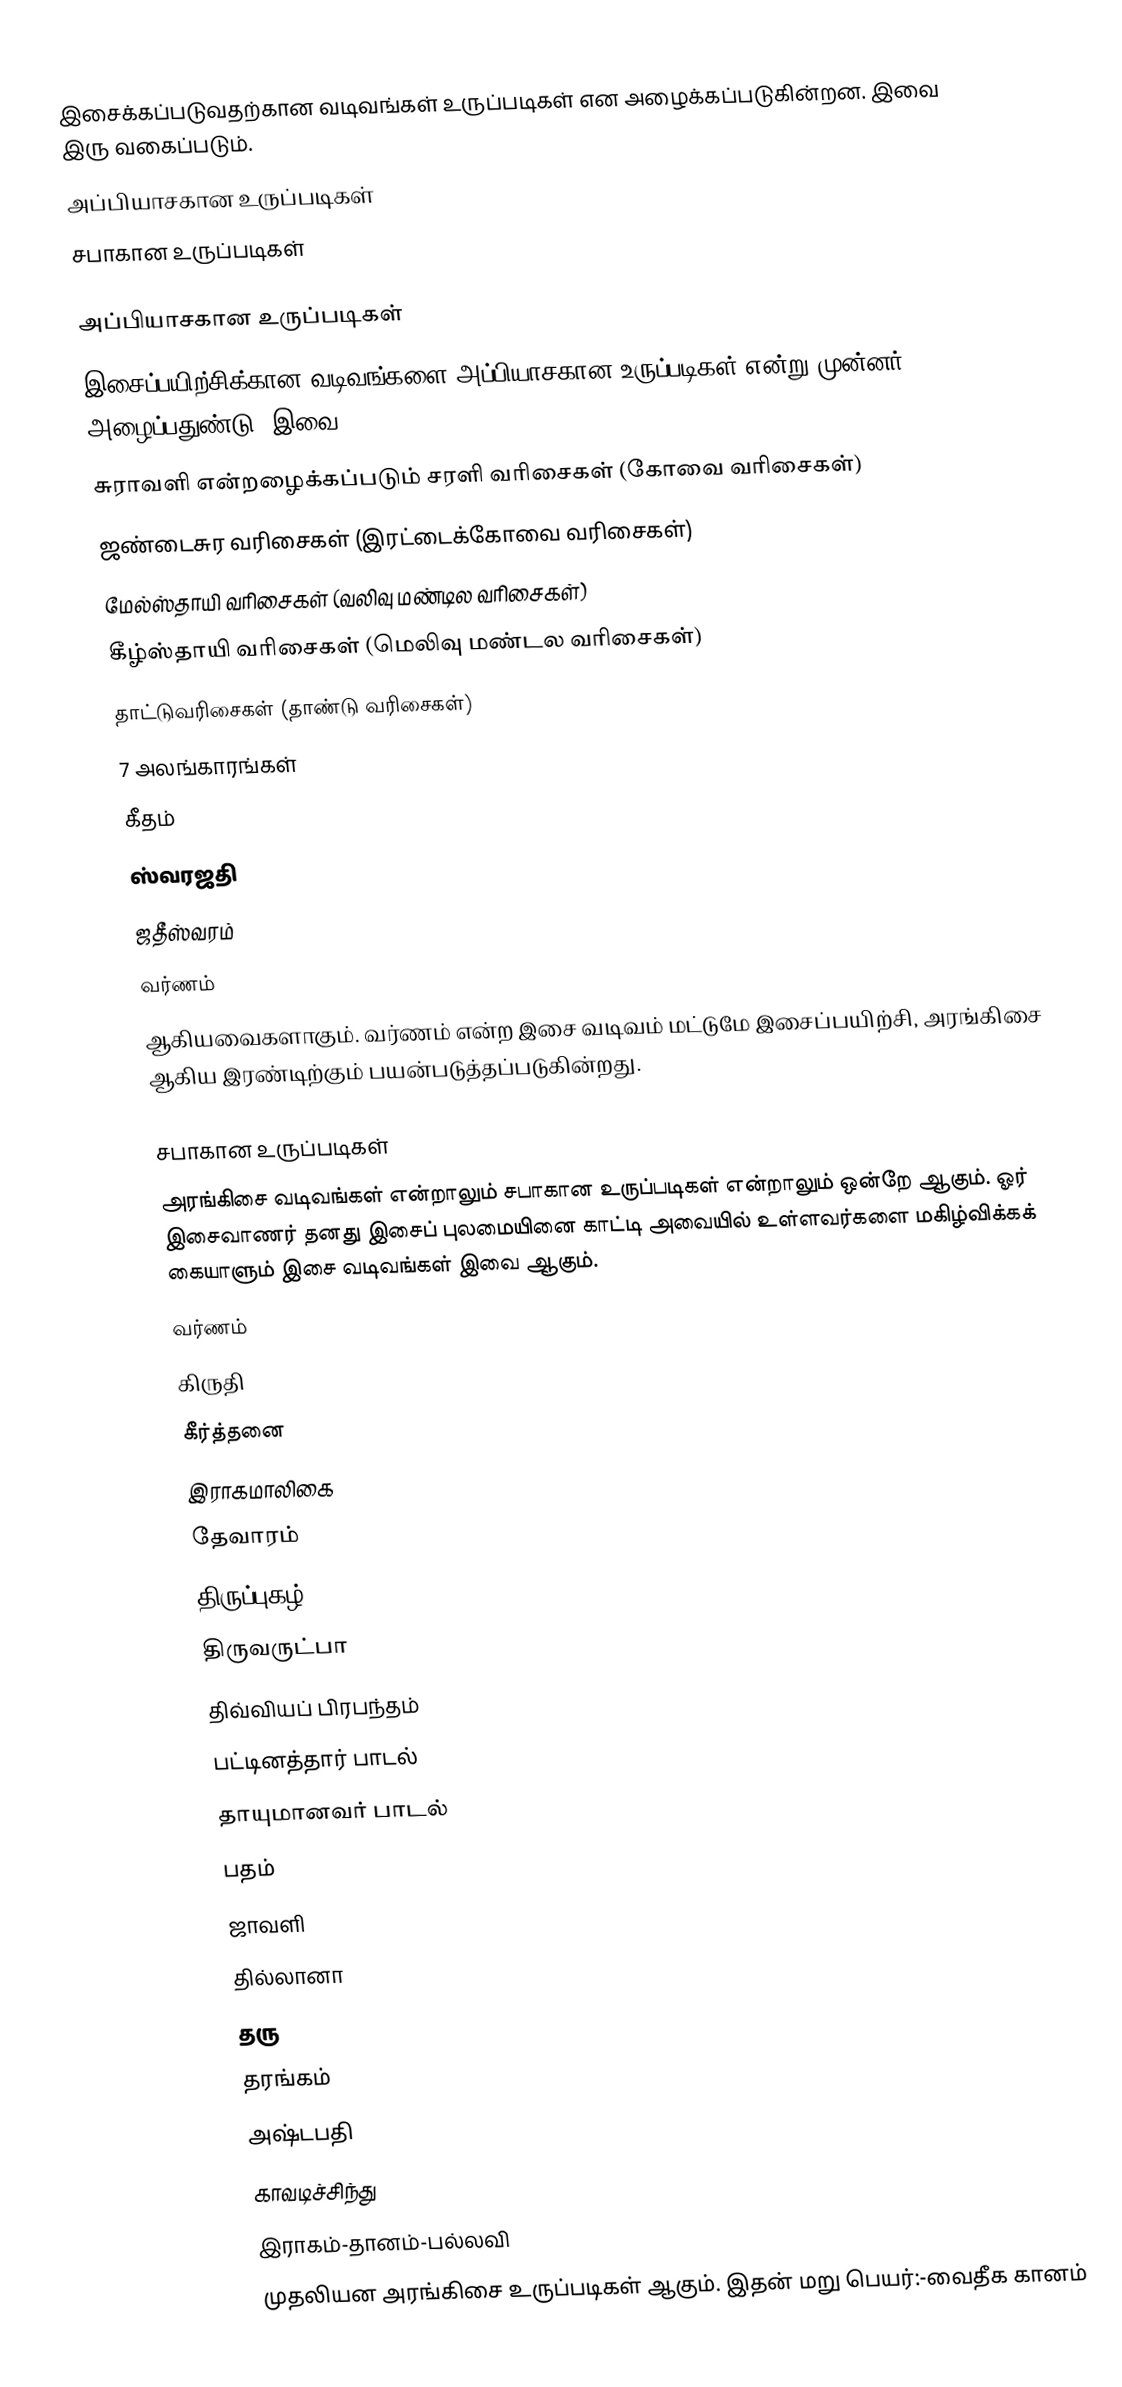
இசைக்கப்படுவதற்கான வடிவங்கள் உருப்படிகள் என அழைக்கப்படுகின்றன. இவை இரு வகைப்படும்.
 அப்பியாசகான உருப்படிகள்
 சபாகான உருப்படிகள்

அப்பியாசகான உருப்படிகள்
இசைப்பயிற்சிக்கான வடிவங்களை அப்பியாசகான உருப்படிகள் என்று முன்னர் அழைப்பதுண்டு. இவை
 சுராவளி என்றழைக்கப்படும் சரளி வரிசைகள் (கோவை வரிசைகள்)
 ஜண்டைசுர வரிசைகள் (இரட்டைக்கோவை வரிசைகள்)
 மேல்ஸ்தாயி வரிசைகள் (வலிவு மண்டில வரிசைகள்)
 கீழ்ஸ்தாயி வரிசைகள் (மெலிவு மண்டல வரிசைகள்)
 தாட்டுவரிசைகள் (தாண்டு வரிசைகள்)
 7 அலங்காரங்கள்
 கீதம்
 ஸ்வரஜதி
 ஜதீஸ்வரம்
 வர்ணம்
ஆகியவைகளாகும். வர்ணம் என்ற இசை வடிவம் மட்டுமே இசைப்பயிற்சி, அரங்கிசை ஆகிய இரண்டிற்கும் பயன்படுத்தப்படுகின்றது.

சபாகான உருப்படிகள்
அரங்கிசை வடிவங்கள் என்றாலும் சபாகான உருப்படிகள் என்றாலும் ஒன்றே ஆகும். ஓர் இசைவாணர் தனது இசைப் புலமையினை காட்டி அவையில் உள்ளவர்களை மகிழ்விக்கக் கையாளும் இசை வடிவங்கள் இவை ஆகும்.
 வர்ணம்
 கிருதி
 கீர்த்தனை
 இராகமாலிகை
 தேவாரம்
 திருப்புகழ்
 திருவருட்பா
 திவ்வியப் பிரபந்தம்
 பட்டினத்தார் பாடல்
 தாயுமானவர் பாடல்
 பதம்
 ஜாவளி
 தில்லானா
 தரு
 தரங்கம்
 அஷ்டபதி
 காவடிச்சிந்து
 இராகம்-தானம்-பல்லவி
முதலியன அரங்கிசை உருப்படிகள் ஆகும். இதன் மறு பெயர்:-வைதீக கானம்